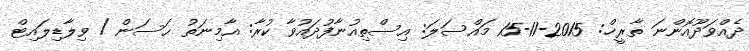
ދެއްވަދޫއޮންނަ ތާރީޚް: 2015-11-15 މައްސަލަ: އިސްތިއުނާފުދައުވާ ކުރާ: އާމިނަތު ޙަސަން / ވިލާޑިލައިޓް